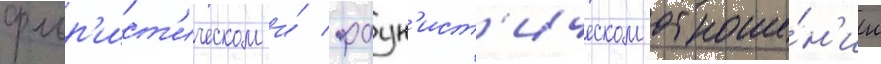
флор'ист'ическом и́ фаун'ист'ическом отноше́н'ии